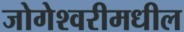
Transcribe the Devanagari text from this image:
जोगेश्वरीमधील